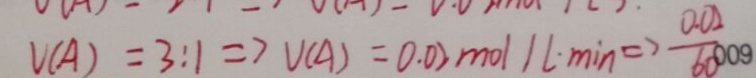
V ( A ) = 3 : 1 \Rightarrow V ( A ) = 0 . 0 2 m o l 1 L \cdot \min \Rightarrow \frac { 0 . 0 2 } { 6 0 }